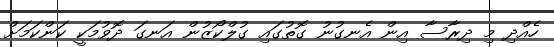
ހެއްދި މި ދިރާސާ އިން އެނގުނު ގޮތުގައި ގުލްކޯޒުން އަނގަ ދޮވުމަކީ ކަންކަމަށް